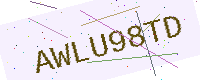
Text: AWLU98TD